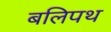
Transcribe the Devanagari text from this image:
बलिपथ